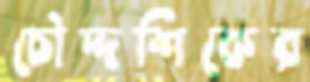
চৌদ্দশিকের